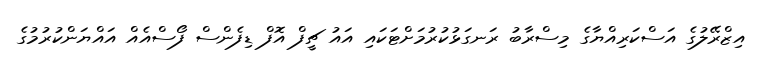
އިޒްރޭލުގެ އަސްކަރިއްޔާގެ މިސްރާބު ރަނގަޅުކުރުމަށްޓަކައި އައު ޗީފް އޮފް ޑިފެންސް ފޯސްއެއް އައްޔަންކުރުމުގެ